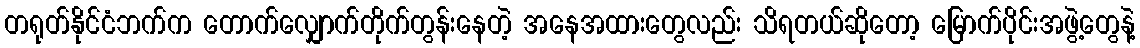
တရုတ်နိုင်ငံဘက်က တောက်လျှောက်တိုက်တွန်းနေတဲ့ အနေအထားတွေလည်း သိရတယ်ဆိုတော့ မြောက်ပိုင်းအဖွဲ့တွေနဲ့